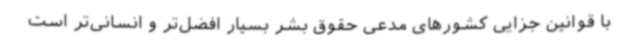
با قوانین جزایی کشورهای مدعی حقوق بشر بسیار افضل‌تر و انسانی‌تر است